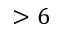
> 6